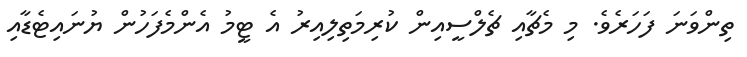
ތިންވަނަ ފަހަރެވެ. މި މެޗާއި ޗެލްސީއިން ކުރިމަތިލިއިރު އެ ޓީމު އެންމެފަހުން ޔުނައިޓެޑާއި